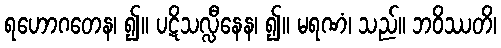
ရဟောဂတေန၊ ၍။ ပဋိသလ္လီနေန၊ ၍။ မရဏံ၊ သည်။ ဘဝိဿတိ၊